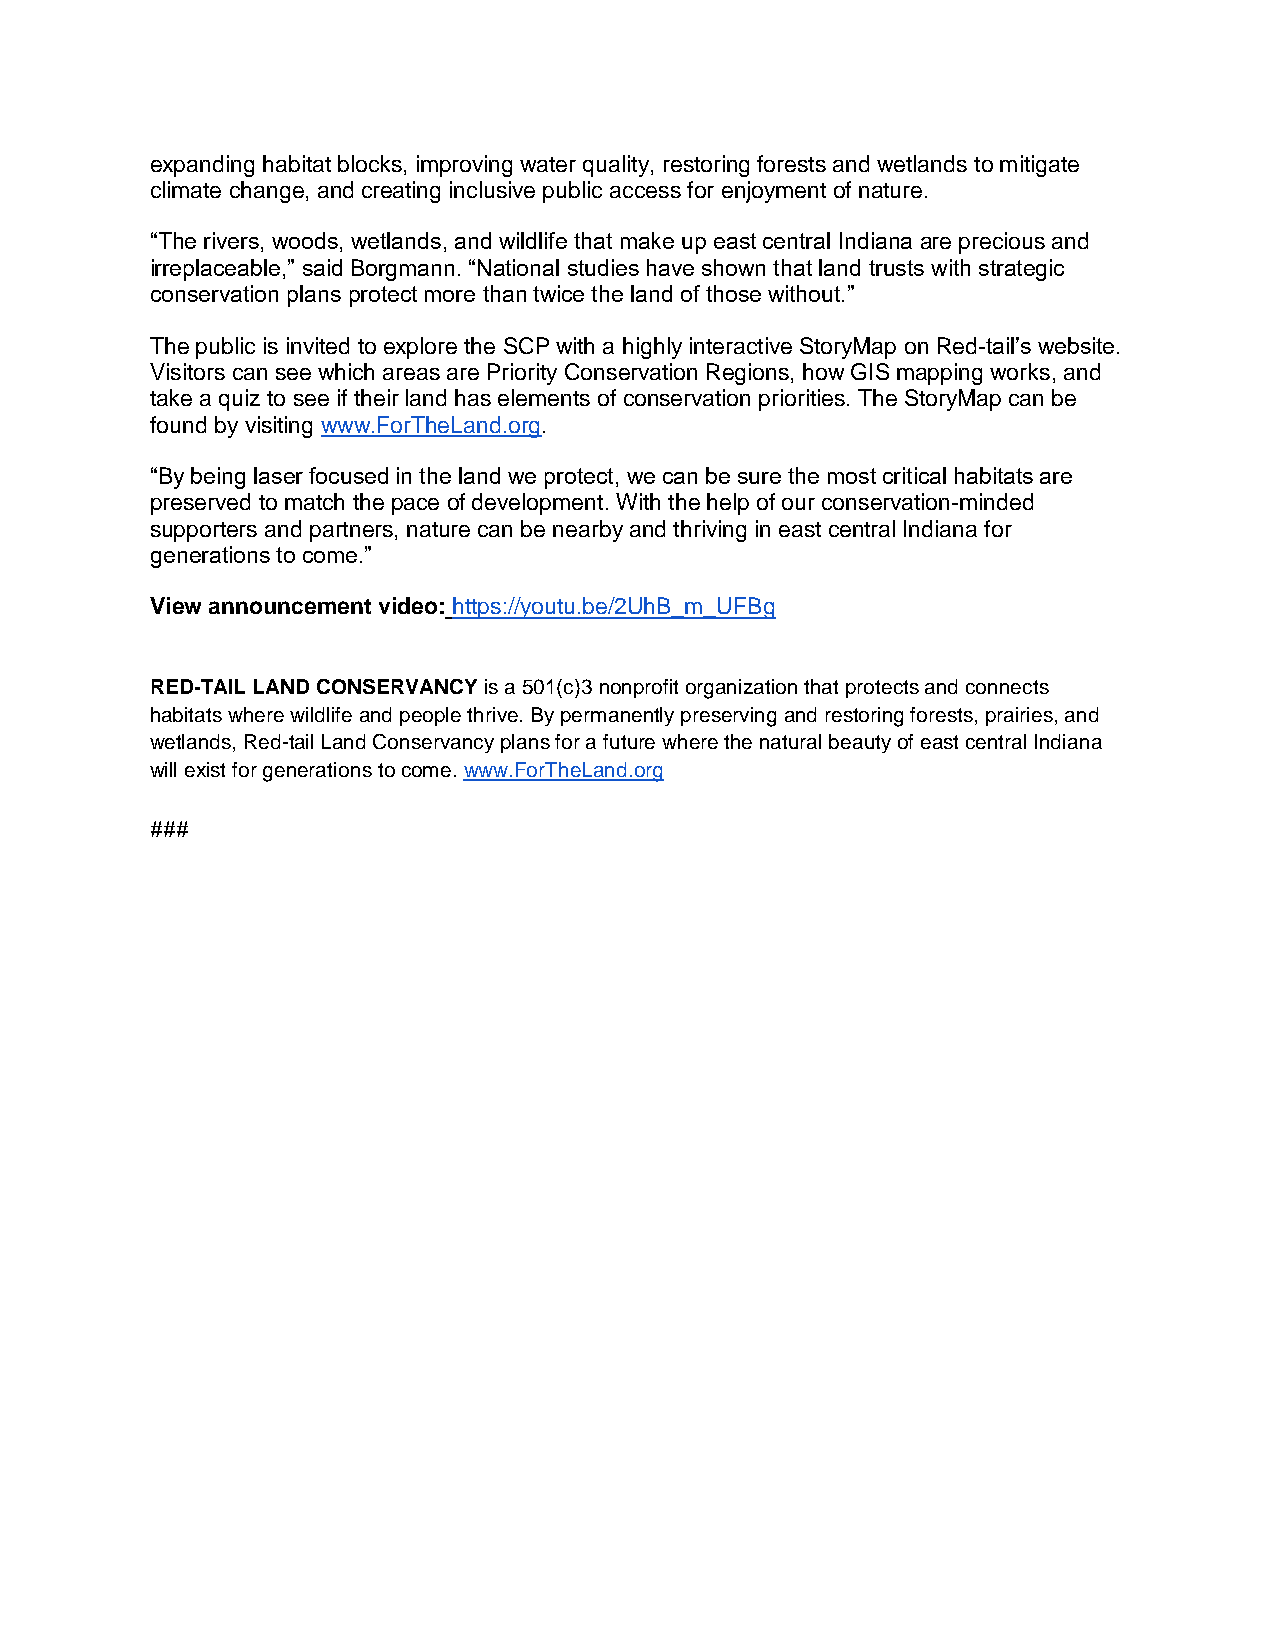
expanding habitat blocks, improving water quality, restoring forests and wetlands to mitigate
 climate change, and creating inclusive public access for enjoyment of nature.
 “The rivers, woods, wetlands, and wildlife that make up east central Indiana are precious and
 irreplaceable,” said Borgmann. “National studies have shown that land trusts with strategic
 conservation plans protect more than twice the land of those without.”
 The public is invited to explore the SCP with a highly interactive StoryMap on Red-tail’s website.
 Visitors can see which areas are Priority Conservation Regions, how GIS mapping works, and
 take a quiz to see if their land has elements of conservation priorities. The StoryMap can be
 found by visiting www.ForTheLand.org.
 “By being laser focused in the land we protect, we can be sure the most critical habitats are
 preserved to match the pace of development. With the help of our conservation-minded
 supporters and partners, nature can be nearby and thriving in east central Indiana for
 generations to come.”
 View announcement video: https://youtu.be/2UhB_m_UFBg
 RED-TAIL LAND CONSERVANCY is a 501(c)3 nonprofit organization that protects and connects
 habitats where wildlife and people thrive. By permanently preserving and restoring forests, prairies, and
 wetlands, Red-tail Land Conservancy plans for a future where the natural beauty of east central Indiana
 will exist for generations to come. www.ForTheLand.org
 ###